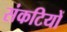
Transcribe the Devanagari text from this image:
संकटियों